Problem: 34 + 11 = ?
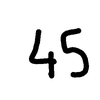
Handwritten answer: 45